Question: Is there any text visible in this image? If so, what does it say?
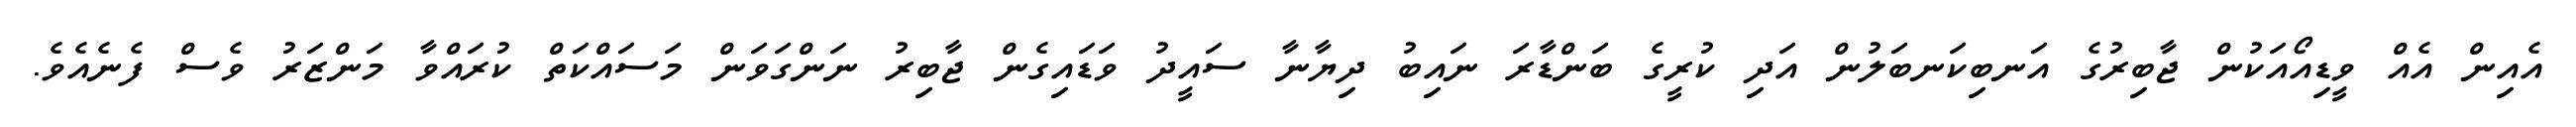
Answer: އެއިން އެއް ވީޑިއޯއަކުން ޖާބިރުގެ އަނބިކަނބަލުން އަދި ކުރީގެ ބަންޑާރަ ނައިބު ދިޔާނާ ސައީދު ވަޑައިގެން ޖާބިރު ނަންގަވަން މަސައްކަތް ކުރައްވާ މަންޒަރު ވެސް ފެނެއެވެ.